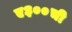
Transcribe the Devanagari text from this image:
ए३००ची